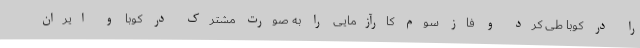
را در کوبا طی کرد و فاز سوم کارآزمایی را به صورت مشترک در کوبا و ایران